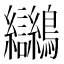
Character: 𪈮